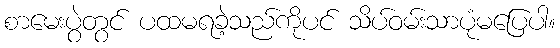
စာမေးပွဲတွင် ပထမရခဲ့သည်ကိုပင် သိပ်ဝမ်းသာပုံမပြေပါ။